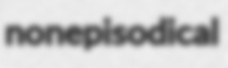
nonepisodical